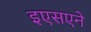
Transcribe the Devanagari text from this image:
इएसएने